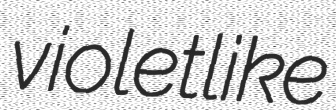
violetlike